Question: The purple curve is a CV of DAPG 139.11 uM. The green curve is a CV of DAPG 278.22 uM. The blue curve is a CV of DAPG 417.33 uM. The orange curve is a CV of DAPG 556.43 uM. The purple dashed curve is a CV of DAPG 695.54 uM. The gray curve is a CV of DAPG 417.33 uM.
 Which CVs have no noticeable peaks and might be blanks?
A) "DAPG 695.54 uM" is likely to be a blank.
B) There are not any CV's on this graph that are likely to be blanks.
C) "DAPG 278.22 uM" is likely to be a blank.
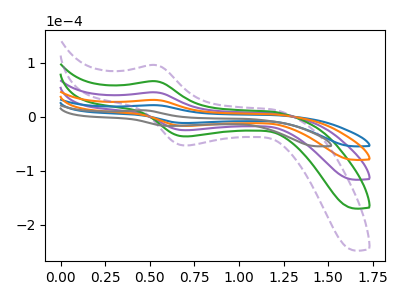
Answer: <think>The purple curve "DAPG 139.11 uM" has an anodic peak at (0.55V, 61.75uA) and a cathodic peak at (0.70V, -34.50uA). The green curve "DAPG 278.22 uM" has an anodic peak at (0.55V, 92.65uA) and a cathodic peak at (0.70V, -51.75uA). The blue curve "DAPG 417.33 uM" has an anodic peak at (0.55V, 21.20uA) and a cathodic peak at (0.70V, -11.85uA). The orange curve "DAPG 556.43 uM" has an anodic peak at (0.55V, 30.90uA) and a cathodic peak at (0.70V, -17.25uA). The purple dashed curve "DAPG 695.54 uM" has an anodic peak at (0.55V, 123.50uA) and a cathodic peak at (0.70V, -69.00uA). The gray curve "DAPG 417.33 uM" has an anodic peak at (0.45V, 11.70uA) and a cathodic peak at (0.60V, -17.20uA).</think>
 <answer>B) There are not any CV's on this graph that are likely to be blanks.</answer>
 <eval>B</eval>